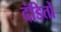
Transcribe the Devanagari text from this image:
दंडितों